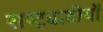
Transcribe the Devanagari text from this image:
राष्ट्रवादीयों